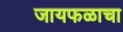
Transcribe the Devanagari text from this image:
जायफळाचा